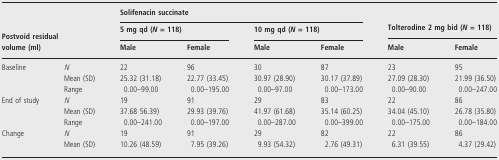
|  | <COLSPAN=4> Solifenacin succinate |  |
 |  | <COLSPAN=2> 5 mg qd (N = 118) | <COLSPAN=2> 10 mg qd (N = 118) | <COLSPAN=2> Tolterodine 2 mg bid (N = 118) |
 | <COLSPAN=2> Postvoid residual volume (ml) | Male | Female | Male | Female | Male | Female |
 | --- | --- | --- | --- | --- | --- |
 | Baseline | N | 22 | 96 | 30 | 87 | 23 | 95 |
 |  | Mean (SD) | 25.32 (31.18) | 22.77 (33.45) | 30.97 (28.90) | 30.17 (37.89) | 27.09 (28.30) | 21.99 (36.50) |
 |  | Range | 0.00–99.00 | 0.00–195.00 | 0.00–97.00 | 0.00–173.00 | 0.00–90.00 | 0.00–247.00 |
 | End of study | N | 19 | 91 | 29 | 83 | 22 | 86 |
 |  | Mean (SD) | 37.68 56.39) | 29.93 (39.76) | 41.97 (61.68) | 35.14 (60.25) | 34.04 (45.10) | 26.78 (35.80) |
 |  | Range | 0.00–241.00 | 0.00–197.00 | 0.00–287.00 | 0.00–399.00 | 0.00–175.00 | 0.00–184.00 |
 | Change | N | 19 | 91 | 29 | 82 | 22 | 86 |
 |  | Mean (SD) | 10.26 (48.59) | 7.95 (39.26) | 9.93 (54.32) | 2.76 (49.31) | 6.31 (39.55) | 4.37 (29.42) |